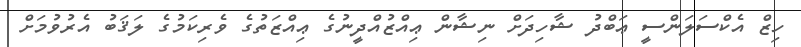
ހިޒް އެކްސަލަންސީ ޢަބްދު ޝާހިދަށް ނިޝާން ޢިއްޒުއްދީނުގެ ޢިއްޒަތުގެ ވެރިކަމުގެ ލަޤަބު އެރުވުމަށް